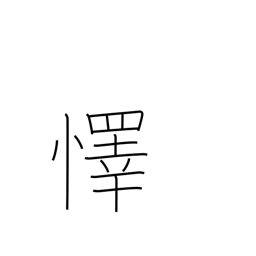
Meaning: rejoice